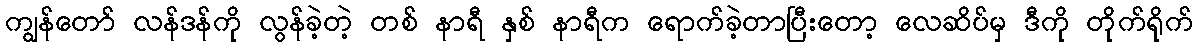
ကျွန်တော် လန်ဒန်ကို လွန်ခဲ့တဲ့ တစ် နာရီ နှစ် နာရီက ရောက်ခဲ့တာပြီးတော့ လေဆိပ်မှ ဒီကို တိုက်ရိုက်